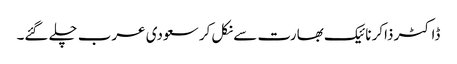
ڈاکٹر ذاکر نائیک بھارت سے نکل کر سعودی عرب چلے گئے۔